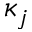
\kappa _ { j }